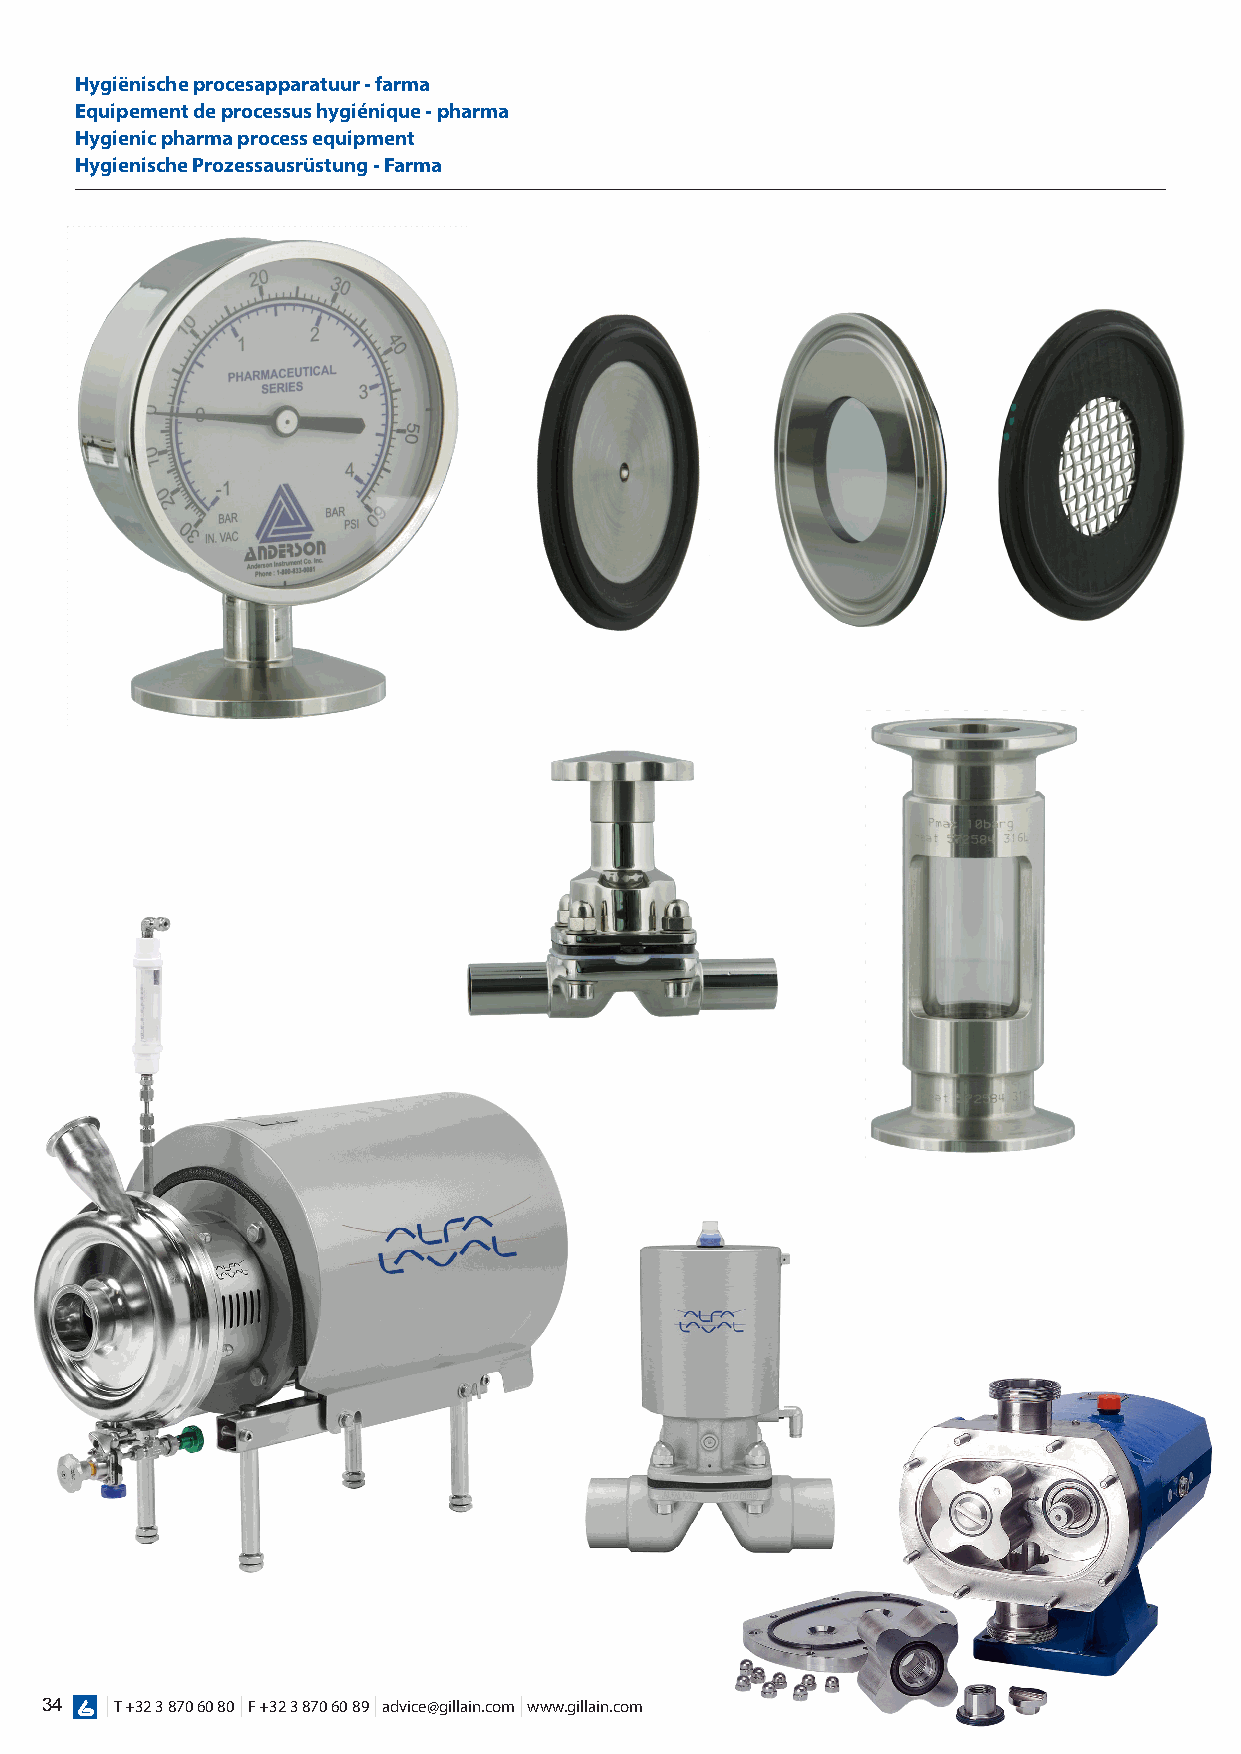
Hygiënische procesapparatuur - farma
 Equipement de processus hygiénique - pharma
 Hygienic pharma process equipment
 Hygienische Prozessausrüstung - Farma
 34  | T +32 3 870 60 80 | F +32 3 870 60 89 | advice@gillain.com | www.gillain.com